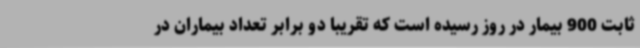
ثابت 900 بیمار در روز رسیده است که تقریبا دو برابر تعداد بیماران در